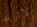
لاتريد